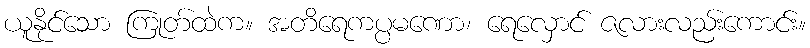
ယူနိုင်သော ကြုတ်ထဲက။ အတိရေကပ္ပမဏော၊ ရေလှောင် ဇလားလည်းကောင်း။